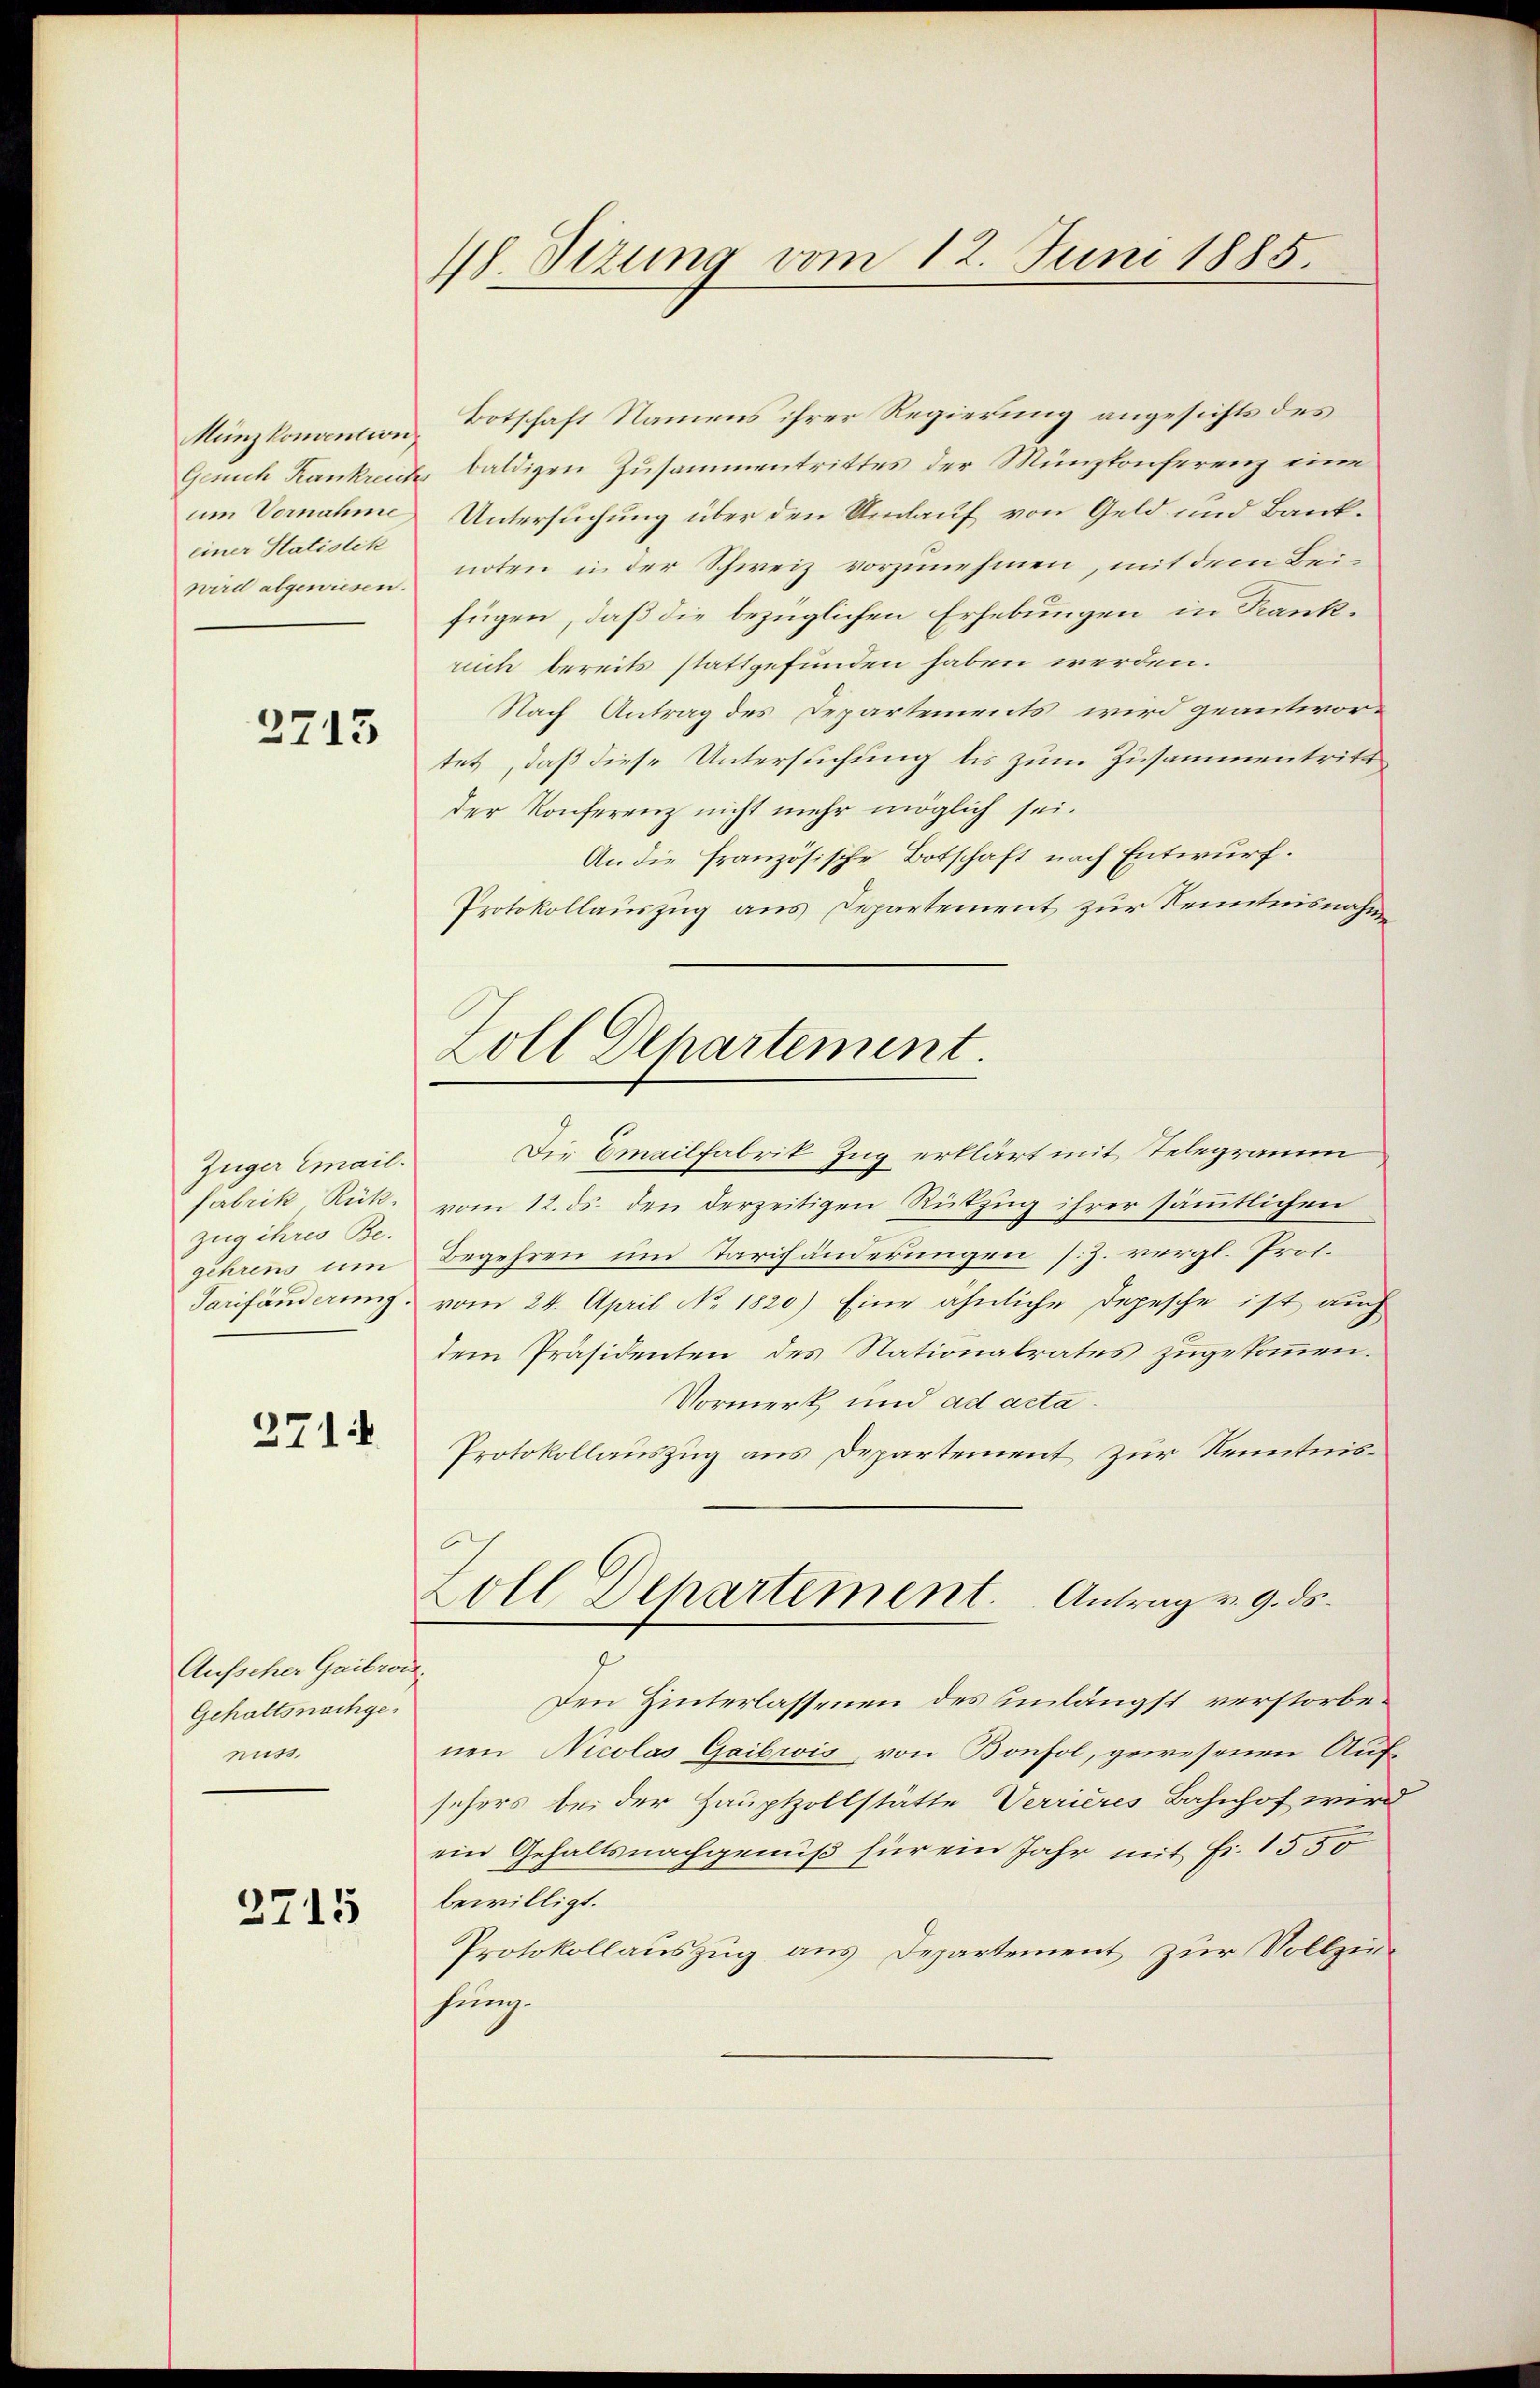
Münzkonvention
um Vornahme
einer Statistik
wird abgewiesen.

2715

Züger Email.
Fabrik Rük.
zug ihres Be-
gehrens um
Tarifänderung

2714

Aufscher Gaibrod.
Gehaltsnachgenuss.

2715

48. Stzung vom 12. Juni 1885.

Botschaft Namens ihrer Regierung angesichts des
Gesuch Kankreich baldigen Zusammentrittes der Münzkonferenz eine
Untersuchung über den Umlauf von Geld und Banknoten in der Schweiz vorzunehmen, mit dem Beifügen, daß die bezüglichen Erhebungen in Frankreich bereits stattgefunden haben werden.
Nach Antrag des Departements wird geantwor-
tet, daß diese Untersuchung bis zum Zusammentritt
der Konferenz nicht mehr möglich sei.
An die französische Botschaft nach Entwurf.
Protokollauszug aus Departement zur Kenntnisnahm
Die Emailfabrik Zug erklärt mit Telegramm
vom 12. ds. den derzeitigen Rükzug ihrer sämmtlichen
Begehren und Tarifänderungen s.Z. vergl. Prof.
vom 24. April No. 1820) Eine ähnliche Depesche ist auch
dem Präsidenten des Nationalrates zugekommen.
Vormerk und ad acta.
Protokollauszug aus Departement zur Kenntnis¬
Zoll Departement. Antrag v. 9. ds.
g
Den Hinterlassenen des einlängst verstorbenen Nicolas Gaibwis, von Bonfol, gewesenen Aufsehers bei der Hauptzollstätte Verrieres Bahnhof wird
ein Gehaltsnachgenuß für ein Jahr mit Fr. 1550
bewilligt.
Protokollauszug aus Departement zur Vollziehung.

Zoll Dehartement.